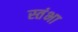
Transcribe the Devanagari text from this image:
स्तंभा